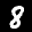
Label: 8